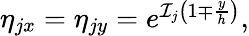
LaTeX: \begin{array}{r}{\eta_{jx}=\eta_{jy}=e^{\mathcal{I}_{j}\left(1\mp\frac{y}{h}\right)},}\end{array}